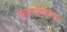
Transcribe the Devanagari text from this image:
किर्क्पात्रिक्क